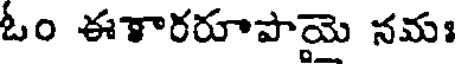
ఓం ఈశారరూపాయె నమః